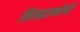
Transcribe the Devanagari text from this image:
छिन्‍द्रान्‍वेषी